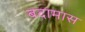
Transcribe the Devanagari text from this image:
बदामास